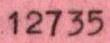
12735